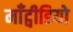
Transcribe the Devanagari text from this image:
माँट्वीडियो